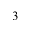
^ 3